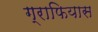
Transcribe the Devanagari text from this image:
ग्राफियास